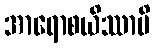
အာရောစယိဿာမိ